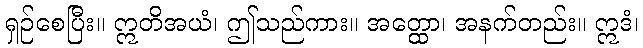
ရှဉ်စေပြီး။ ဣတိအယံ၊ ဤသည်ကား။ အတ္ထော၊ အနက်တည်း။ ဣဒံ၊